Scottish Leaving Certificate Examination, 1961
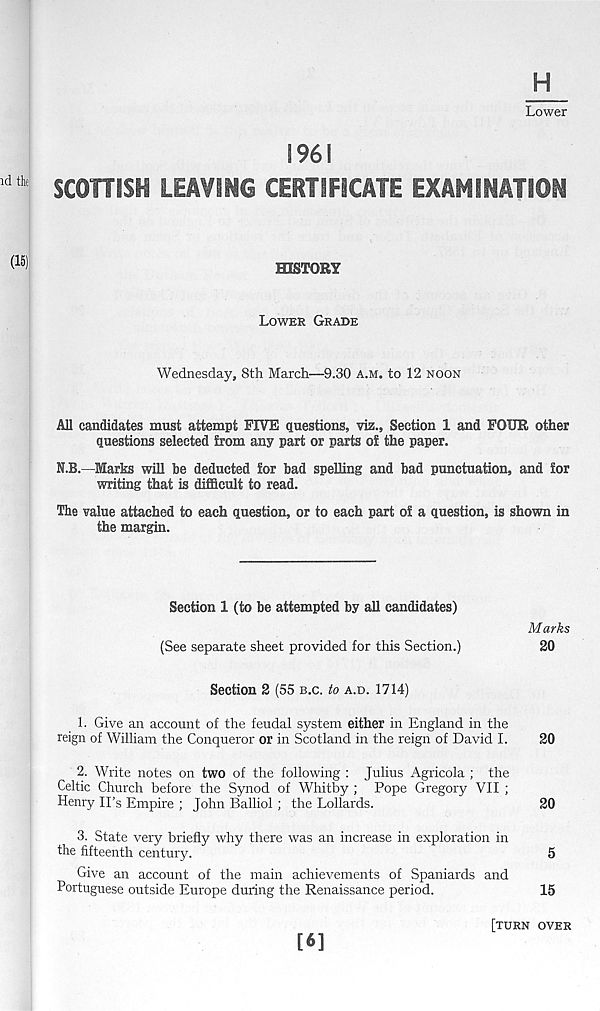
id the
(15)
H
Lower
1961
SCOHISH LEAVING CERTIFICATE EXAMINATION
HISTORY
LOWER GRADE
Wednesday, 8th March—9.30 A.M. to 12 NOON
All candidates must attempt FIVE questions, viz., Section 1 and FOUR other
questions selected from any part or parts of the paper.
N.B.—Marks will be deducted for bad spelling and bad punctuation, and for
writing that is difficult to read.
The value attached to each question, or to each part of a question, is shown in
the margin.
Section 1 (to be attempted by all candidates)
Marks
(See separate sheet provided for this Section.)
20
Section 2 (55 B.C. to A.D. 1714)
1. Give an account of the feudal system either in England in the
reign of William the Conqueror or in Scotland in the reign of David I.
20
2. Write notes on two of the following : Julius Agricola ; the
Celtic Church before the Synod of Whitby ; Pope Gregory VII ;
Henry IPs Empire ; John Balliol; the Lollards.
20
3. State very briefly why there was an increase in exploration in
the fifteenth century.
5
Give an account of the main achievements of Spaniards and
Portuguese outside Europe during the Renaissance period.
15
[6]
[TURN OVER